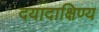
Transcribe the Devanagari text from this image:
दयादाक्षिण्य